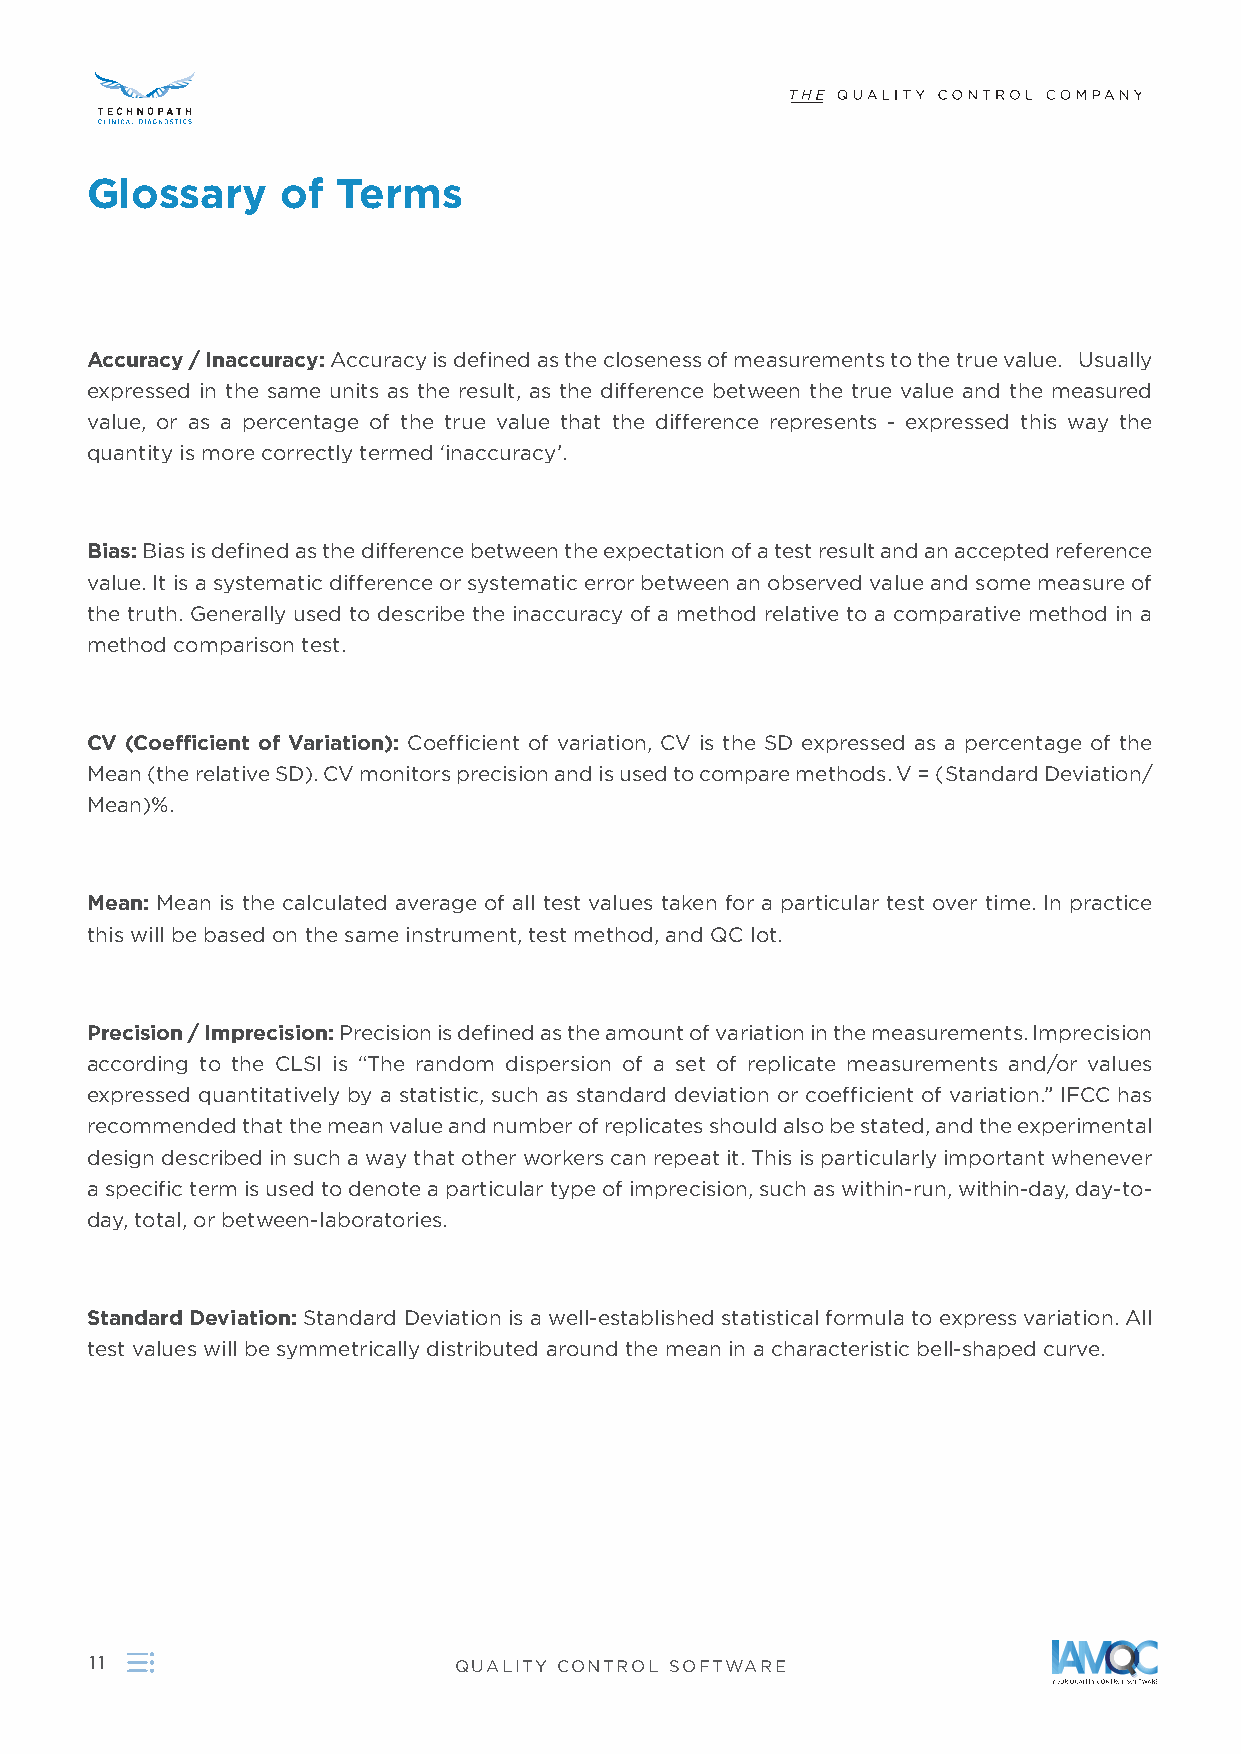
Glossary     of Terms
 Accuracy / Inaccuracy: Accuracy is defined as the closeness of measurements to the true value . Usually
 expressed in the same units as the result, as the difference between the true value and the measured
 value, or as a percentage of the true value that the difference represents - expressed this way the
 quantity is more correctly termed ‘inaccuracy’ .
 Bias: Bias is defined as the difference between the expectation of a test result and an accepted reference
 value . It is a systematic difference or systematic error between an observed value and some measure of
 the truth . Generally used to describe the inaccuracy of a method relative to a comparative method in a
 method comparison test .
 CV (Coefficient of Variation): Coefficient of variation, CV is the SD expressed as a percentage of the
 Mean (the relative SD) . CV monitors precision and is used to compare methods . V = (Standard Deviation/
 Mean)% .
 Mean: Mean is the calculated average of all test values taken for a particular test over time . In practice
 this will be based on the same instrument, test method, and QC lot .
 Precision / Imprecision: Precision is defined as the amount of variation in the measurements . Imprecision
 according to the CLSI is “The random dispersion of a set of replicate measurements and/or values
 expressed quantitatively by a statistic, such as standard deviation or coefficient of variation .” IFCC has
 recommended that the mean value and number of replicates should also be stated, and the experimental
 design described in such a way that other workers can repeat it . This is particularly important whenever
 a specific term is used to denote a particular type of imprecision, such as within-run, within-day, day-to-
 day, total, or between-laboratories .
 Standard Deviation: Standard Deviation is a well-established statistical formula to express variation . All
 test values will be symmetrically distributed around the mean in a characteristic bell-shaped curve .
 11                      QUALITY CONTROL SOFTWARE